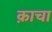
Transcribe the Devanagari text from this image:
क़ाचा